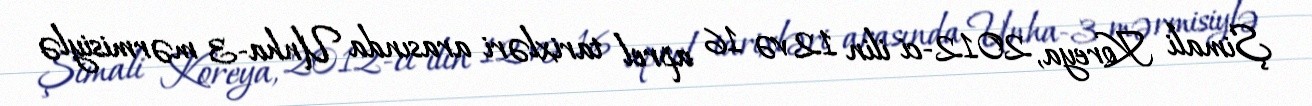
Şimali Koreya, 2012-ci ilin 12 və 16 aprel tarixləri arasında Unha-3 mərmisiylə